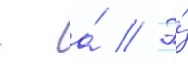
- а́ // Э́